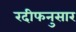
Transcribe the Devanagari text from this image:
रदीफनुसार